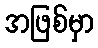
အဖြစ်မှာ